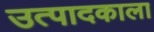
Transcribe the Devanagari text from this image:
उत्पादकाला